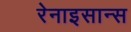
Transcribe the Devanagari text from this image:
रेनाइसान्स